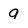
Character: 9